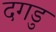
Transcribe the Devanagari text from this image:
दगडु